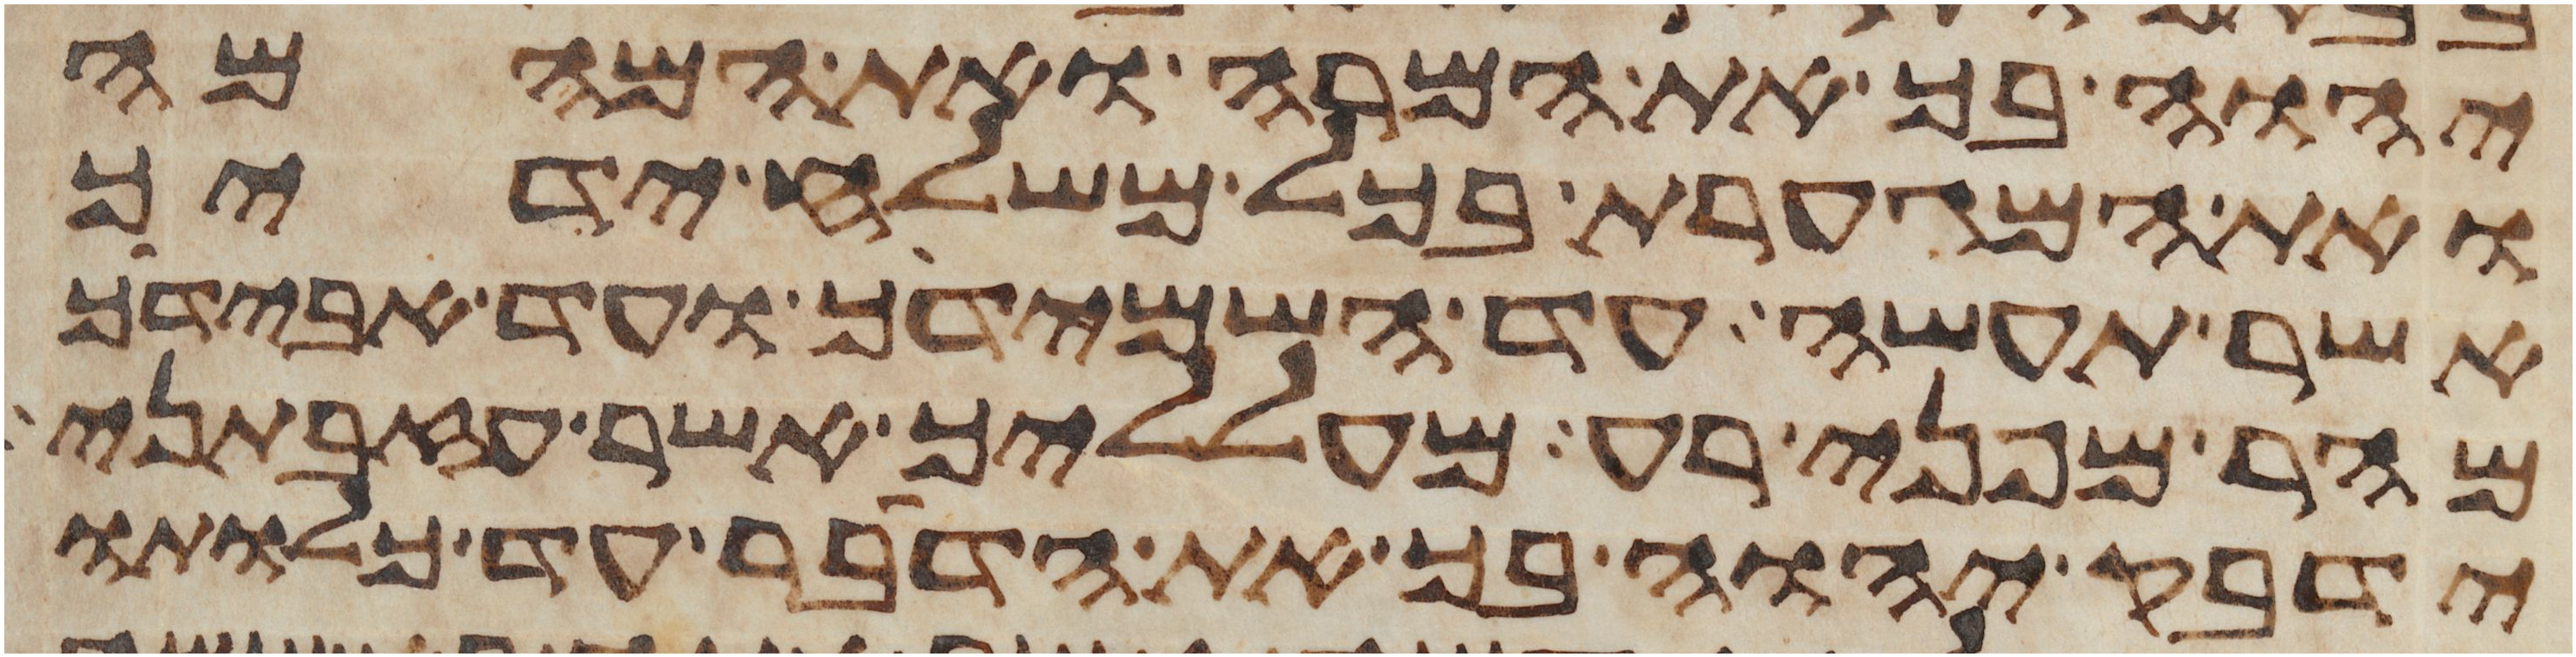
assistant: יהוה בך את המרה ואת המהמה
ואת המגערת בכל משלח ידיך
אשר תעשה עד השמידך ועד אבידך
מהר מפני רע מעלליך אשר עזבתני
ידבק יהוה בך את הדבר עד כלותו